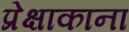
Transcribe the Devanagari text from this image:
प्रेक्षाकाना